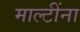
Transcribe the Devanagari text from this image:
माल्टींना